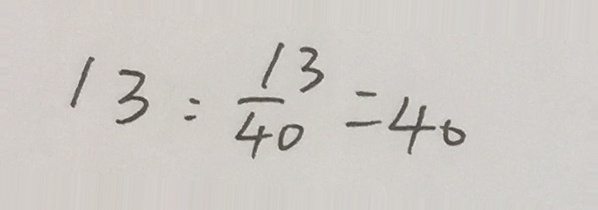
1 3 : \frac { 1 3 } { 4 0 } = 4 0